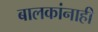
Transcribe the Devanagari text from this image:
बालकांनाही